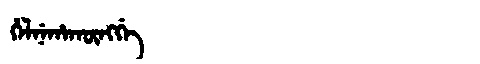
Manchu: ᡥᡝᠯᠨᡝᡥᠠᡴᡡᠩᡤᡝ
Romanization: HELNEHAKŪNGGE